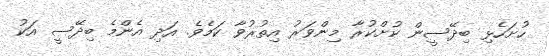
ހުށަހެޅި ބިދޭސީން ކުށްކުރާ މިންވަރު އިތުރުވާ ކަމެވެ. އަދި އެންމެ ބިދޭސީ އަކު